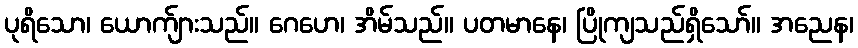
ပုရိသော၊ ယောက်ျားသည်။ ဂေဟေ၊ အိမ်သည်။ ပတမာနေ၊ ပြိုကျသည်ရှိသော်။ အညေန၊